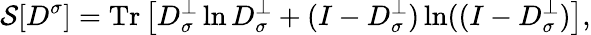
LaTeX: {\cal S}[D^{\sigma}]=\mathrm{Tr}\left[D_{\sigma}^{\perp}\ln D_{\sigma}^{\perp}+(I-D_{\sigma}^{\perp})\ln((I-D_{\sigma}^{\perp})\right],